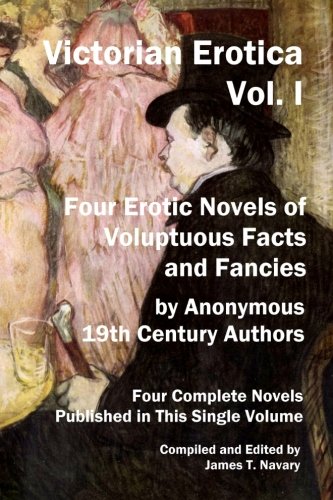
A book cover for Victorian Erotica, Vol. I: Four Erotic Novels of Voluptuous Facts and Fancies; Anonymous; Romance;